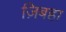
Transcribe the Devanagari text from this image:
ज़िबहा